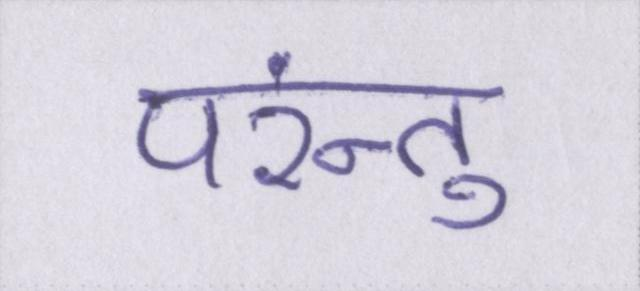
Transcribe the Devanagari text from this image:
परंन्तु